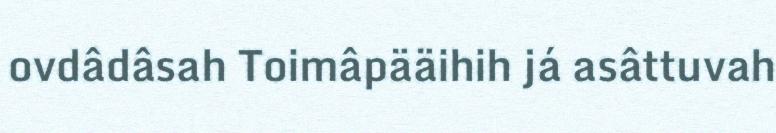
ovdâdâsah Toimâpääihih já asâttuvah